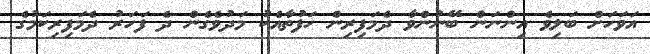
އަވަހަށް ބަލިވެ އިންނަން ބޭނުންވާ ދެމަފިރިން ހަފުތާއެކު މަދުވެގެން ދެ ފަހަރު ދެމަފިރިކަމުގެ